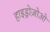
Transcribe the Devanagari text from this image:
हाइड्रोज़ोओ